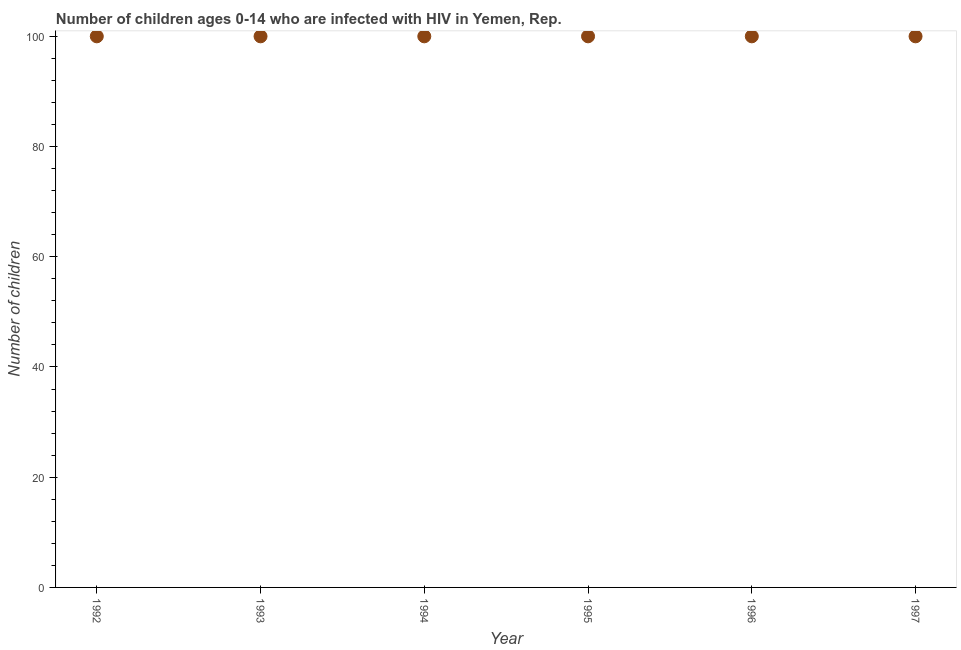
| Year | Children (0-14) living with HIV |
 | --- | --- |
 | 1992 | 100 |
 | 1993 | 100 |
 | 1994 | 100 |
 | 1995 | 100 |
 | 1996 | 100 |
 | 1997 | 100 |